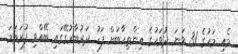
މެއި މަހުގެ 31 ވަނަ ދުވަހުގެ އިންތިހާބަށް ފަހު ދަރުބާރުގޭގައި ބޭއްވި ފުރަތަމަ